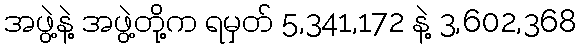
အဖွဲ့နဲ့ အဖွဲ့တို့က ရမှတ် 5,341,172 နဲ့ 3,602,368